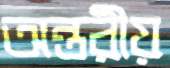
অন্তরীয়